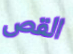
القص